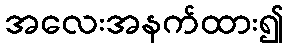
အလေးအနက်ထား၍